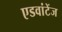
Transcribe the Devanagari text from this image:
एडवांटेंज